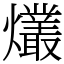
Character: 爜